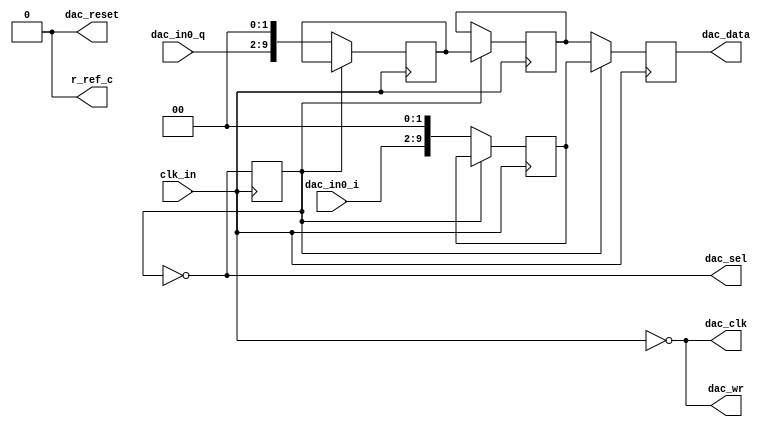
//
//
//

module dac_bus_out(

		input							clk_in,           		//

		input		[7:0]				dac_in0_i,				//	
		input		[7:0]				dac_in0_q,
		
	   output                  r_ref_c,
		
		output						dac_sel,
		output						dac_clk,	
		output						dac_wr,
		output						dac_reset,
		output	reg	[9:0]		dac_data
	
	);


	assign    r_ref_c = 1'b0;
	
	
	reg    clk_en;
	
	always @(posedge clk_in )begin					//
		clk_en <= ~clk_en;

   end	
	
	assign  dac_clk = ~clk_in;
	assign  dac_wr = ~clk_in;
	assign  dac_sel = ~clk_en;
	assign  dac_reset = 1'b0;
	
	reg    [9:0]	data_out_i = 10'b0;
	reg    [9:0]	data_out_q = 10'b0;
	
	always @(posedge clk_in )begin					//
	if(clk_en == 0)   begin             					//

				data_out_i <= {dac_in0_i,2'b0};			//
				data_out_q <= {dac_in0_q,2'b0};       //

	end
	end

	
	
	
	
	////////////////////////////////////////////////////
	//DA
	///////////////////////////////////////////////////
	reg   [9:0]data_out_q_r;
	always @(posedge clk_in )begin			//clk  = 61p44m
		if(clk_en==1) begin						//30p72m
				dac_data	      <= {(data_out_i[9]),data_out_i[8:0]};   	//
				data_out_q_r	<= {(data_out_q[9]),data_out_q[8:0]};		//
		end
		else
				dac_data 		<=  data_out_q_r;		   

	end

	
endmodule